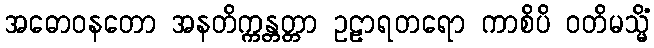
အဓောဝနတော အနတိက္ကန္တတ္တာ ဥဠာရတရော ကာစိပိ ဝတိမသ္မိံ